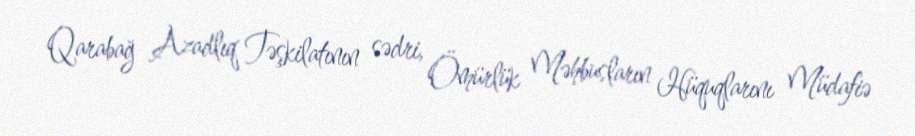
Qarabağ Azadlıq Təşkilatının sədri, Ömürlük Məhbusların Hüquqlarını Müdafiə